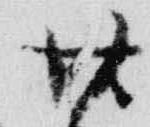
廿